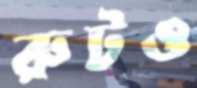
রুটও